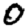
Digit: 0